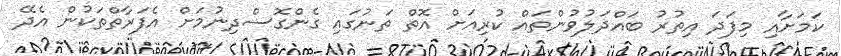
ކަމަށާއި މިފަދަ އިތުރު ބައްދަލުވުންތައް ކުރިއަށް އޮތް ތަނުގައި ގެންގޮސްދިނުމަށް އެފަރާތްތަކުން އެދޭ